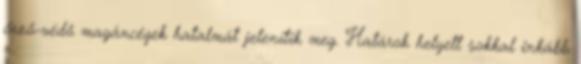
őrző-védő magáncégek hatalmát jelenítik meg. Határok helyett sokkal inkább